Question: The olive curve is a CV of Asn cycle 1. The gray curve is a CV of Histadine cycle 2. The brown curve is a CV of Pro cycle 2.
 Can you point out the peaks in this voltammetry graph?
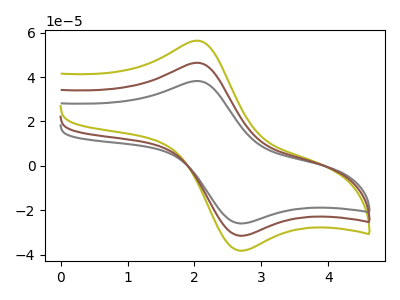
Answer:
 <answer>The olive curve "Asn cycle 1" has an anodic peak at (2.05V, 92.80uA) and a cathodic peak at (2.70V, -62.85uA). The gray curve "Histadine cycle 2" has an anodic peak at (2.05V, 38.20uA) and a cathodic peak at (2.70V, -25.85uA). The brown curve "Pro cycle 2" has an anodic peak at (2.05V, 46.40uA) and a cathodic peak at (2.70V, -31.40uA).</answer>
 <eval></eval>